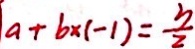
a + b \times ( - 1 ) = \frac { 3 } { 2 }